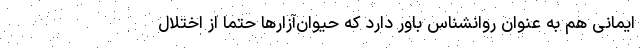
ایمانی هم به عنوان روانشناس باور دارد که حیوان‌آزارها حتما از اختلال